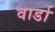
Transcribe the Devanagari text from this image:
वार्डा